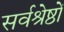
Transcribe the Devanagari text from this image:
सर्वश्रेष्ठों